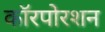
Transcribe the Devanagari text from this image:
कॉरपोरशन